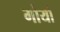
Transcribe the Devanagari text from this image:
गोर्या